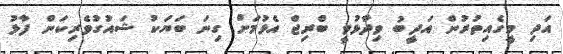
އަދި މީގެއިތުރުން އަދީބު ވިދާޅުވީ ބްރިޖް އެޅުމަށް ގިނަ ބަޔަކު ޝައުގުވެރިކަން ފާޅު